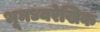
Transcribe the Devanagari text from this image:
भूमध्यरेखिक